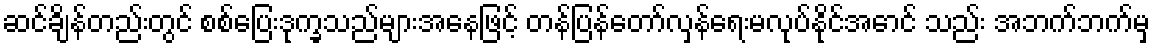
ဆင်ချိန်တည်းတွင် စစ်ပြေးဒုက္ခသည်များအနေဖြင့် တန်ပြန်တော်လှန်ရေးမလုပ်နိုင်အောင် သည်း အဘက်ဘက်မှ